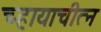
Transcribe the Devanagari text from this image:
च्हायाचीत्न